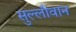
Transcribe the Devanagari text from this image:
सुल्लीवान